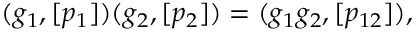
( g _ { 1 } , [ p _ { 1 } ] ) ( g _ { 2 } , [ p _ { 2 } ] ) = ( g _ { 1 } g _ { 2 } , [ p _ { 1 2 } ] ) ,